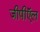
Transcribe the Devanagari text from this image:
जीपीऍल